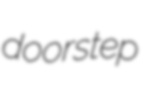
doorstep